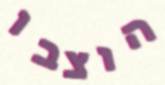
הוצבו